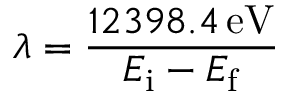
\lambda = { \frac { 1 2 3 9 8 . 4 \, { \mathrm { e V } } } { E _ { \mathrm { i } } - E _ { \mathrm { f } } } }